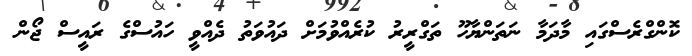
ކޮންގްރެސްގައި މާދަމާ ނަތަންޔާހޫ ތަގްރީރު ކުރެއްވުމަށް ދައުވަތު ދެއްވީ ހައުސްގެ ރައީސް ޖޯން